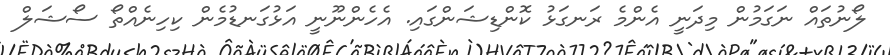
ލޯނުތައް ނަގަަމުން މިދަނީ އެންމެ ރަނގަޅު ކޮންޑިޝަންގައި. އެހެންނޫނީ އަޅުގަނޑުމެން ކިހިނެއްތޯ ސޯޝަލް